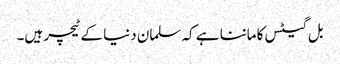
بل گیٹس کا ماننا ہے کہ سلمان دنیا کے ٹیچر ہیں۔